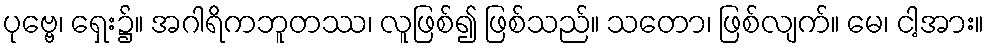
ပုဗ္ဗေ၊ ရှေး၌။ အဂါရိကဘူတဿ၊ လူဖြစ်၍ ဖြစ်သည်။ သတော၊ ဖြစ်လျက်။ မေ၊ ငါ့အား။